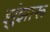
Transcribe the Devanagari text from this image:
झुंझारू